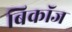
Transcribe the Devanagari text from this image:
बिकॉज